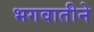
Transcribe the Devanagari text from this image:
भगवातीने